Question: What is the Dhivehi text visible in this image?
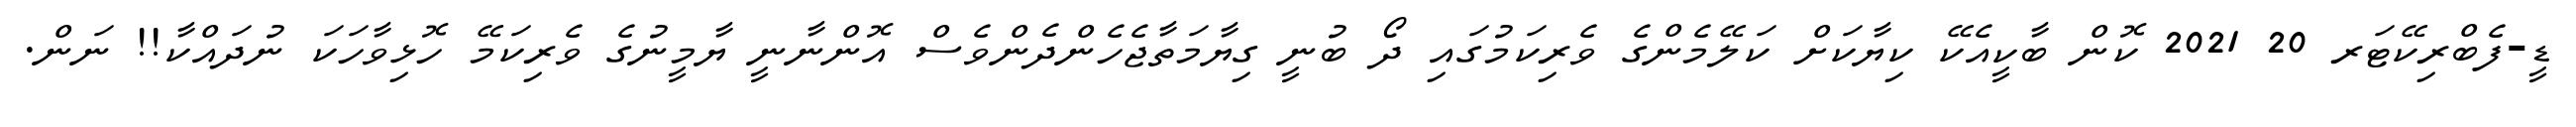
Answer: ޑީ-ފެބްރިކޭޓަރ 20 2021 ކޮން ބާކީއެކޭ ކިޔާކަށް ކަލޭމެންގެ ވެރިކަމުގައި ދޯ ބުނީ ގިޔާމަތާޖެހެންދެންވެސް އޮންނާނީ ޔާމީނުގެ ވެރިކަމޭ ހޮޅިވާހަކަ ނުދައްކާ!! ނަން.